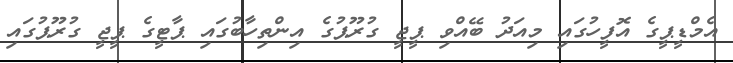
އެމްޑީޕީގެ އޮފީހުގައި މިއަދު ބޭއްވި ޕީޖީ ގުރޫޕުގެ އިންތިހާބުގައި ޕާޓީގެ ޕީޖީ ގުރޫޕުގައި